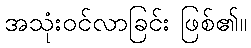
အသုံးဝင်လာခြင်း ဖြစ်၏။